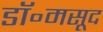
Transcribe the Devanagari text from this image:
डॉ॰मसूद